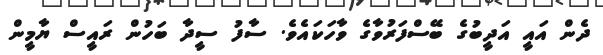
ދެން އައީ އަދީބުގެ ބޭސްފަރުވާގެ ވާހަކައެވެ. ސާފު ސީދާ ބަހުން ރައީސް ޔާމީން